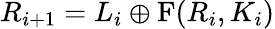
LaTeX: R_{i+1}=L_{i}\oplus\mathrm{{F}}(R_{i},K_{i})